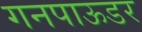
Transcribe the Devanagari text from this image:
गनपाऊडर